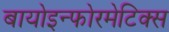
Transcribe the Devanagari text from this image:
बायोइन्फोरमेटिक्स